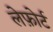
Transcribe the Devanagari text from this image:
लेफ़ोर्ट